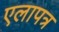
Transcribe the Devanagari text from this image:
एलापत्र